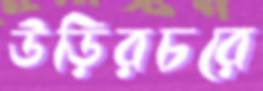
উড়িরচরে